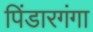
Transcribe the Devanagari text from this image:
पिंडारगंगा